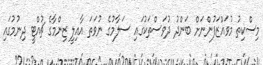
މިސްކިތު މުވައްޒަފުންނަށް ބަންދު ދުވަސްތަކުގައި ސަލާމުގެ ނުވަތަ އާއިލީ ޒިންމާގެ ޗުއްޓީ ދިނުމުގައި